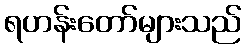
ရဟန်းတော်များသည်